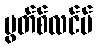
မွတ်စ်လင်မ်